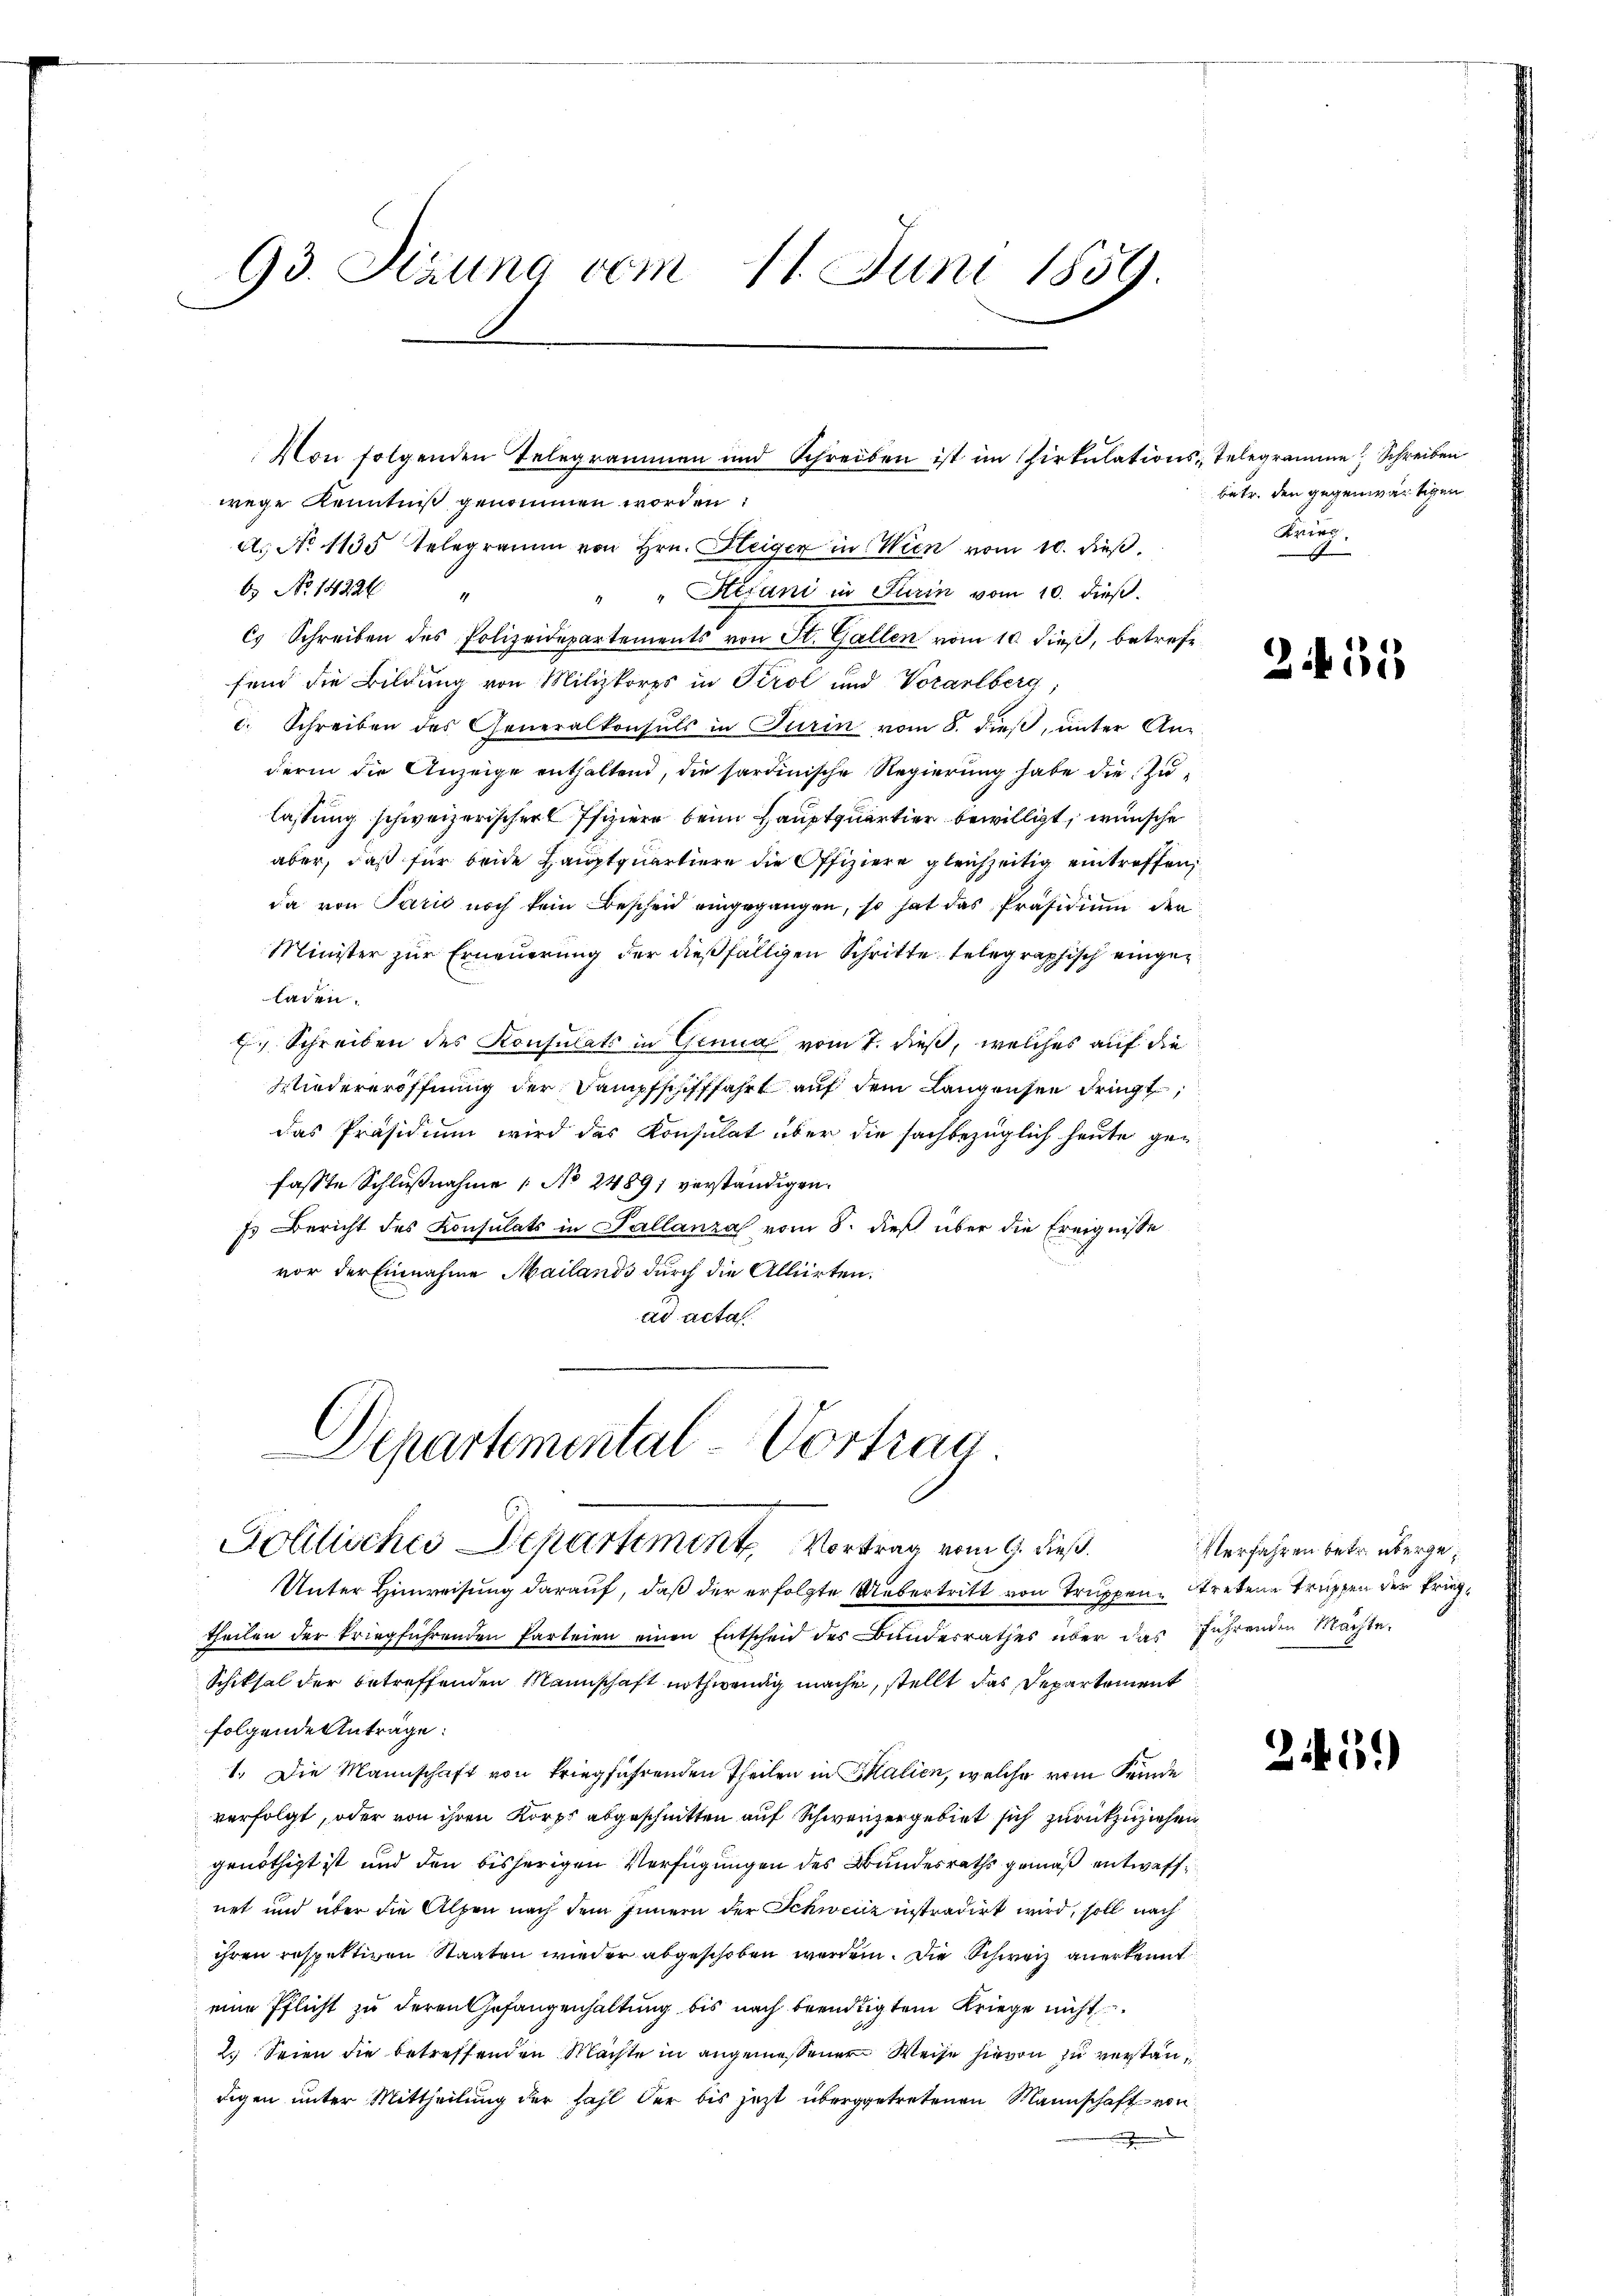
93. Stauna vom 11. Juni 1859.

wege Kenntniß genommen worden:
A. No 1135 Telegramm von Hrn. Gleiger in Wien vom 10. dieß,
6. No 14226 "
" " Hifani in Turin vom 10. dieß.
C. Schreiben des Polizeidepartements von St. Gallen vom 10. dieß, betrefefend die Bildung von Milizkorps in Tirol und Vorarlberg,
c. Schreiben des Generalkonsuls in Turin vom 8. dieβ, ŭnter An-
derin die Anzeige enthaltend, die sardinische Regierung habe die Zulassung schweizerischer Pfiziere beim Hauptquartier bewilligt, wünsche
aber, daß für beide Hauptquartiere die Offiziere gleichzeitig eintreffen,
da von Paris noch kein Bescheid eingegangen, so hat das Präsidium den
Minister zur Erneuerung der dießfälligen Schritte telegraphisch eingeladen.
E. Schreiben des Konsulats in Genua vom 7. dieß, welches auf die
Wiedereröffnung der Dampfschifffahrt auf dem Langensen dringt,
das Präsidium wird das Konsulat über die sachbezüglich heute gen
fasste Schlußnahme No 24891 verständigen.
fs Bericht des Konsulats in Sallanza vom 8. dieß über die Ereignisse
vor der Einnahme Mailands durch die Alliirten.
ad acta

Departemental Vortrag
Politisches Departement, Vortrag vom 9. dieß.

Von folgenden Telegrammen und Schreiben ist im Zirkŭlations-Telegramme Schreiben

Unter Hinweisung darauf, daß der erfolgte Uebertritt von Truppen tretene Truppen der Kriegtheilen der kriegführenden Parteien einen Entscheid des Bundesrathes über das führenden Machte.
Schiksal der betreffenden Mannschaft nothwendig mache, stellt das Departement
folgende Anträge:
1. Die Mannschaft von kriegführenden Theilen in Salien, welche vom Feinde
verfolgt, oder von ihren Korps abgeschnitten auf Schweizergebiet sich zurückzuziehen
genöthigt ist und den bisherigen Verfügungen des Bundesraths gemäß entwaffnet und über die Alpen nach dem Innern der Schweiz instradirt wird, soll nach
ihren respektiven Staaten wieder abgeschoben worden. Die Schweiz anerkennt
eine Pflicht zu deren Gefangenhaltung bis nach beendigtem Kriege nicht
2. Seien die betreffenden Machte in angemessener Weise hievon zu verstandigen unter Mittheilung der Fahl der bis jetzt übergetretenen Mannschaft von

betr. den gegenwärtigen
König.

235

Verfahren betr. überge¬

2459)